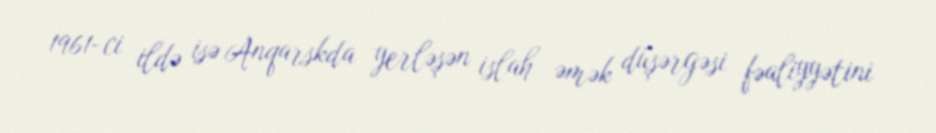
1961-ci ildə isə Anqarskda yerləşən islah əmək düşərgəsi fəaliyyətini